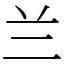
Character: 兰